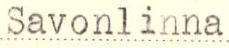
Savonlinna